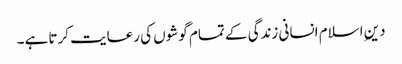
دین ِاسلام انسانی زندگی کے تمام گوشوں کی رعایت کرتا ہے۔